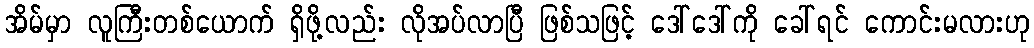
အိမ်မှာ လူကြီးတစ်ယောက် ရှိဖို့လည်း လိုအပ်လာပြီ ဖြစ်သဖြင့် ဒေါ်ဒေါ်ကို ခေါ်ရင် ကောင်းမလားဟု